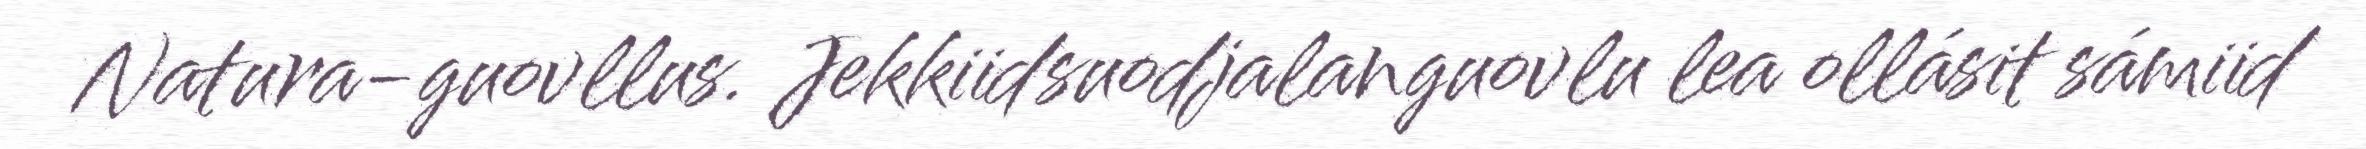
Natura-guovllus. Jekkiidsuodjalanguovlu lea ollásit sámiid